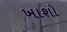
ખાશો